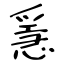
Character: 㥯